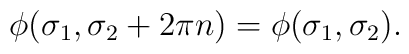
\phi(\sigma_1,\sigma_2 +2\pi n) = \phi(\sigma_1,\sigma_2) .